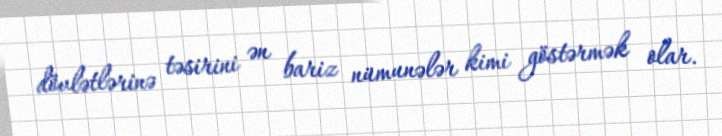
dövlətlərinə təsirini ən bariz nümunələr kimi göstərmək olar.